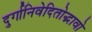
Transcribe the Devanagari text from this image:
दुर्गानिवेदितोद्भावो